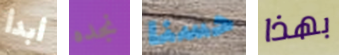
أبدأ نجده حسنا بهذا